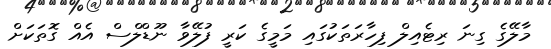
މާލޭގެ ގިނަ ރިޓެއިލް ފިހާރަތަކުގައި މަމީގެ ކަރީ ފުލޭވާ ނޫޑްލްސް އެއް ގޮތަކަށް